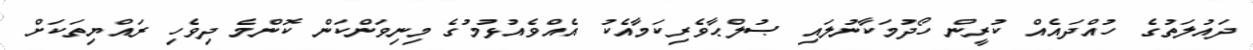
ދައުލަތުގެ ހުއްދައެއް ކުރީން ހޯދުމަކާނުލައި ޞުލްޙާވެރިކަމާއެކު އެއްވެއުޅުމުގެ މިނިވަންކަން ކޮންމެ ދިވެހި ރައްޔިތަކަށް